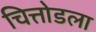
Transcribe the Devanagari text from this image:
चित्तोडला